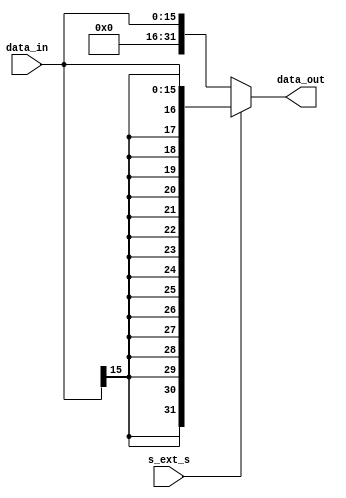
module EXT_16 (
    input s_ext_s, // Means of extention.
    input [15:0] data_in, //Data to input.
    output [31:0] data_out //Data to output.
);
    assign data_out = s_ext_s ? {{16{data_in[15]}}, data_in} : {16'b0, data_in};
endmodule